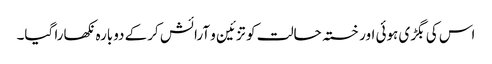
اس کی بگڑی ہوئی اور خستہ حالت کو تزئین و آرائش کرکے دوبارہ نکھارا گیا۔